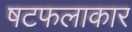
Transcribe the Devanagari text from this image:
षटफलाकार